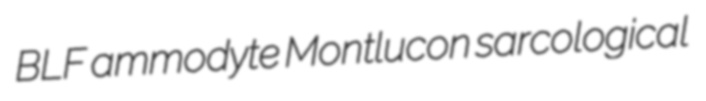
BLF ammodyte Montlucon sarcological